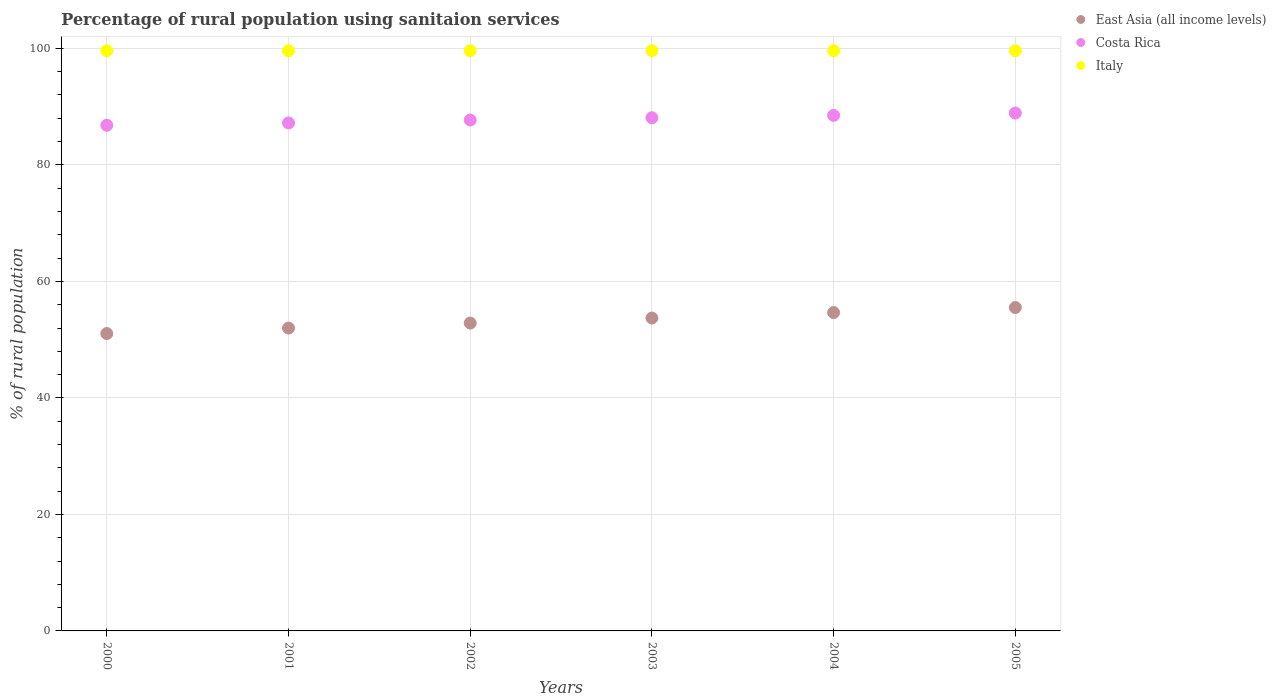
| Years | East Asia (all income levels) | Costa Rica | Italy |
 | --- | --- | --- | --- |
 | 2000 | 51 | 86.8 | 99.6 |
 | 2001 | 52 | 87.2 | 99.6 |
 | 2002 | 52.8 | 87.7 | 99.6 |
 | 2003 | 53.7 | 88.1 | 99.6 |
 | 2004 | 54.7 | 88.5 | 99.6 |
 | 2005 | 55.5 | 88.9 | 99.6 |